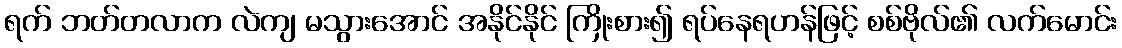
ရက် ဘတ်တလာက လဲကျ မသွားအောင် အနိုင်နိုင် ကြိုးစား၍ ရပ်နေရဟန်ဖြင့် စစ်ဗိုလ်၏ လက်မောင်း